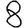
Digit: 8